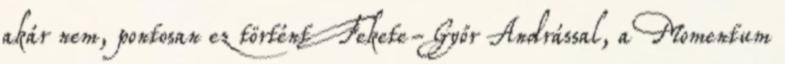
akár nem, pontosan ez történt Fekete-Győr Andrással, a Momentum